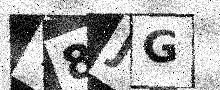
Text: T8JG